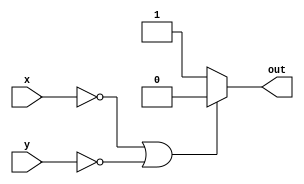
module and3(x,y,out);

input x,y;
output reg out;

always@(*)
begin
if(x==0||y==0)
out = 1'b0;
else
out = 1'b1;
end



endmodule